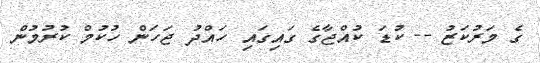
ގެ މަރުކަޒު -- ކުޑަ ކުއްޖާގެ ގައިގައި ހައްދު ޖަހަން ހުކުމް ކުރުމުން